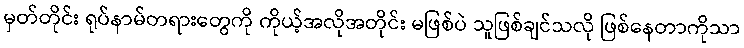
မှတ်တိုင်း ရုပ်နာမ်တရားတွေကို ကိုယ့်အလိုအတိုင်း မဖြစ်ပဲ သူဖြစ်ချင်သလို ဖြစ်နေတာကိုသာ